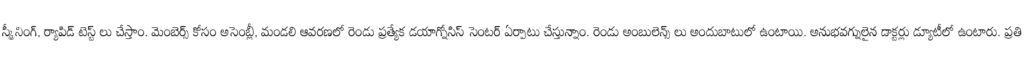
స్క్రీనింగ్, ర్యాపిడ్ టెస్ట్ లు చేస్తాం. మెంబెర్స్ కోసం అసెంబ్లీ, మండలి ఆవరణలో రెండు ప్రత్యేక డయాగ్నోసిస్ సెంటర్ ఏర్పాటు చేస్తున్నాం. రెండు అంబులెన్స్ లు అందుబాటులో ఉంటాయి. అనుభవగ్నులైన డాక్టర్లు డ్యూటీలో ఉంటారు. ప్రతి